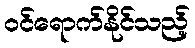
ဝင်ရောက်နိုင်သည့်